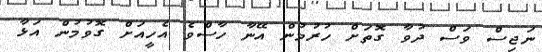
ނަޖިސް ވަސް ދުވާ ގޮތަށް ހުރުމުން އޭނާ ހާސްވެ އެހީއަށް ގޮވުމުން އަޅާ